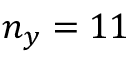
n _ { y } = 1 1